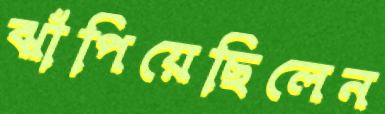
ঝাঁপিয়েছিলেন